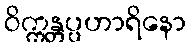
ဝိက္ကန္တပ္ပဟာရိနော